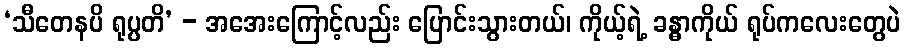
‘သီတေနပိ ရုပ္ပတိ’ - အအေးကြောင့်လည်း ပြောင်းသွားတယ်၊ ကိုယ့်ရဲ့ ခန္ဓာကိုယ် ရုပ်ကလေးတွေပဲ